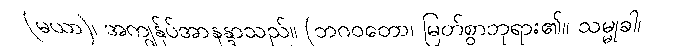
(မယာ)၊ အကျွန်ုပ်အာနန္ဒာသည်။ (ဘဂဝတော၊ မြတ်စွာဘုရား၏။ သမ္မုခါ၊